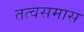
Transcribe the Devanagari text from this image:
तत्वसमास